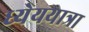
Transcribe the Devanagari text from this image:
ध्येययात्रा